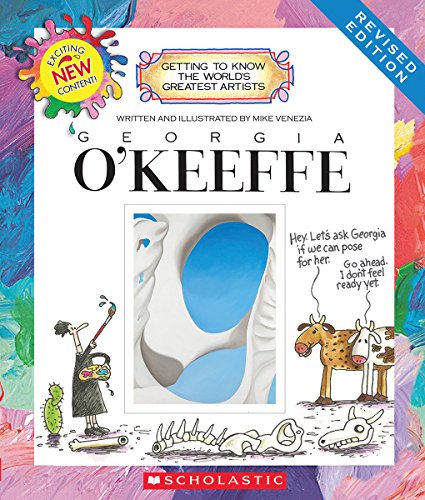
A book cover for Georgia O'Keefe (Getting to Know the World's Greatest Artists); Mike Venezia; Children's Books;